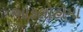
ઓકલોહોમા